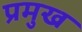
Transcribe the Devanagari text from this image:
प्रमुख्‍ा